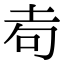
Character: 𡊦